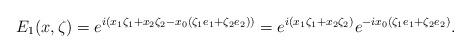
LaTeX: \begin{align*}&E_1(x,\zeta) = e^{i (x_1\zeta_1 + x_2 \zeta_2-x_0(\zeta_1 e_1 +\zeta_2 e_2))} = e^{i (x_1\zeta_1 + x_2 \zeta_2)} e^{-ix_0(\zeta_1 e_1 +\zeta_2 e_2)}.\end{align*}